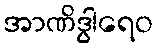
အာဏိဒွါရေဝ